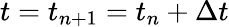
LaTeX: t=t_{n+1}=t_{n}+\Delta t